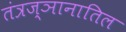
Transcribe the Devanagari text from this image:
तंत्रज्ञानातिल